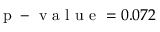
\mathrm { ~ p ~ - ~ v ~ a ~ l ~ u ~ e ~ } = 0 . 0 7 2